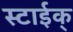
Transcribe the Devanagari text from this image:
स्टाईक्